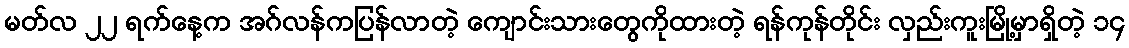
မတ်လ ၂၂ ရက်နေ့က အဂ်လန်ကပြန်လာတဲ့ ကျောင်းသားတွေကိုထားတဲ့ ရန်ကုန်တိုင်း လှည်းကူးမြို့မှာရှိတဲ့ ၁၄